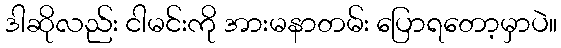
ဒါဆိုလည်း ငါမင်းကို အားမနာတမ်း ပြောရတော့မှာပဲ။